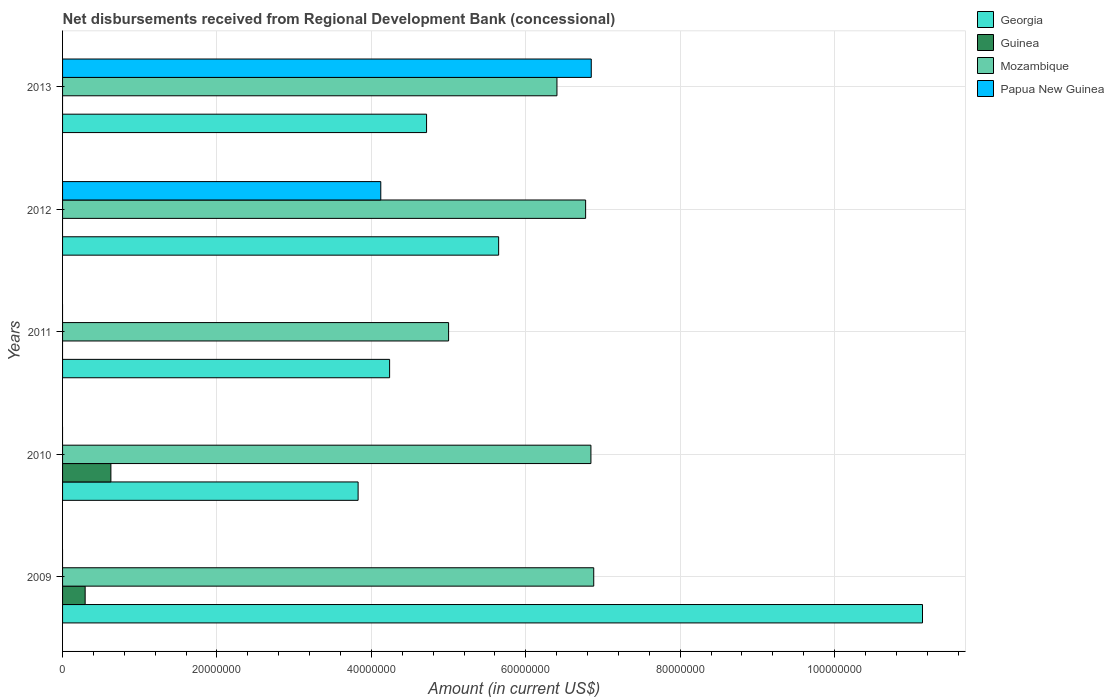
| Years | Georgia | Guinea | Mozambique | Papua New Guinea |
 | --- | --- | --- | --- | --- |
 | 2009 | 1.11e+08 | 2.93e+06 | 6.88e+07 | -9.2e+06 |
 | 2010 | 3.83e+07 | 6.26e+06 | 6.84e+07 | -5.49e+06 |
 | 2011 | 4.24e+07 | -6.91e+06 | 5e+07 | -6.59e+06 |
 | 2012 | 5.65e+07 | -8.56e+06 | 6.78e+07 | 4.12e+07 |
 | 2013 | 4.72e+07 | -1.96e+06 | 6.4e+07 | 6.85e+07 |